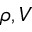
\rho , V